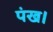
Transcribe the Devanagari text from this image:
पंख।